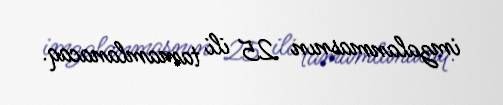
imzalanmasnın 25 ili tamamlanacaq.